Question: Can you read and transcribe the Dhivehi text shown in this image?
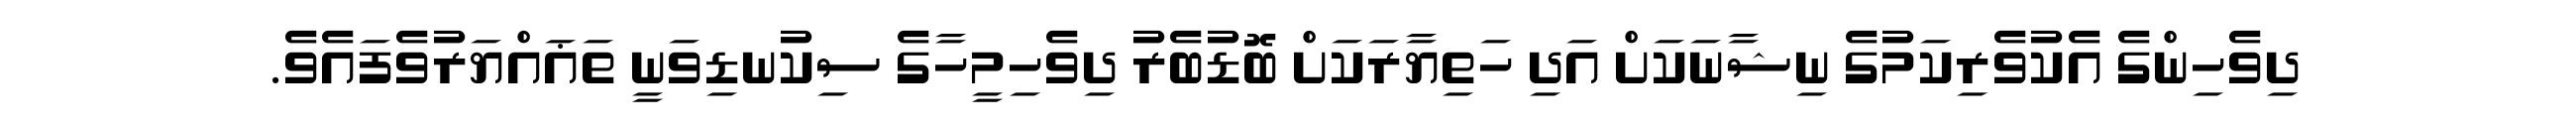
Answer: ދިވެހިންގެ އެކުވެރިކަމުގެ ނިޝާނަކަށް އަދި ހަތިޔާރަކަށް ބޮޑުބެރު ދިވެހިމީހާގެ ސިކުނޑިވަނީ ތަޣައްޔަރުވެފައެވެ.